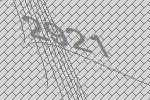
2921